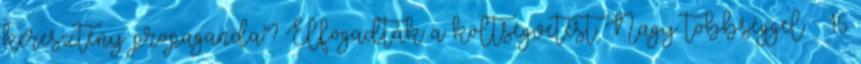
keresztény propaganda"? Elfogadták a költségvetést Nagy többséggel – 16